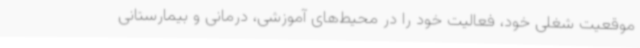
موقعیت شغلی خود، فعالیت خود را در محیط‌های آموزشی، درمانی و بیمارستانی